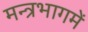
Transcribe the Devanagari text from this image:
मन्त्रभागमें